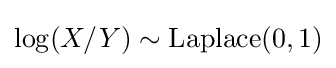
\log(X/Y)\sim {\textrm {Laplace}}(0,1)